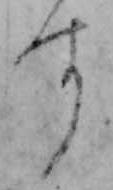
す